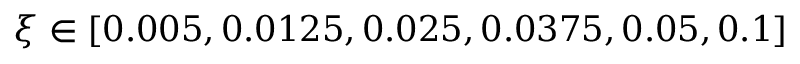
\xi \in [ 0 . 0 0 5 , 0 . 0 1 2 5 , 0 . 0 2 5 , 0 . 0 3 7 5 , 0 . 0 5 , 0 . 1 ]